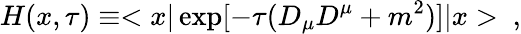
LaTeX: H(x,\tau)\equiv<x|\exp[-\tau(D_{\mu}D^{\mu}+m^{2})]|x>~,